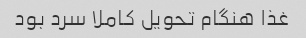
غذا هنگام تحویل کاملا سرد بود